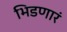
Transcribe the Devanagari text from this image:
भिडणारं